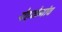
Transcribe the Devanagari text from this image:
येहळेगांव